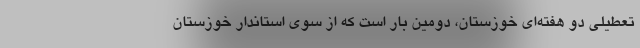
تعطیلی دو هفته‌ای خوزستان، دومین بار است که از سوی استاندار خوزستان